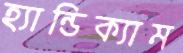
হ্যান্ডিক্যাম